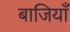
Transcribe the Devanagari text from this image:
बाजियाँ